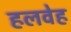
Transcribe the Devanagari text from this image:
हलवेह